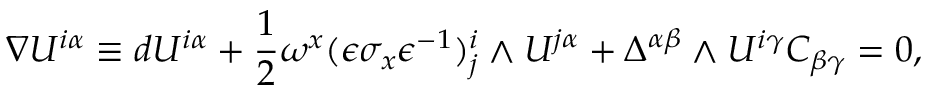
\nabla { \cal U } ^ { i \alpha } \equiv d { \cal U } ^ { i \alpha } + { \frac { 1 } { 2 } } \omega ^ { x } ( \epsilon \sigma _ { x } \epsilon ^ { - 1 } ) _ { j } ^ { i } \wedge { \cal U } ^ { j \alpha } + \Delta ^ { \alpha \beta } \wedge { \cal U } ^ { i \gamma } C _ { \beta \gamma } = 0 ,